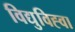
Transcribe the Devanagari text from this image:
विद्युविह्वा